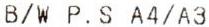
B/W P.S A4/A3